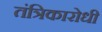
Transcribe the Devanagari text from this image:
तंत्रिकारोधी